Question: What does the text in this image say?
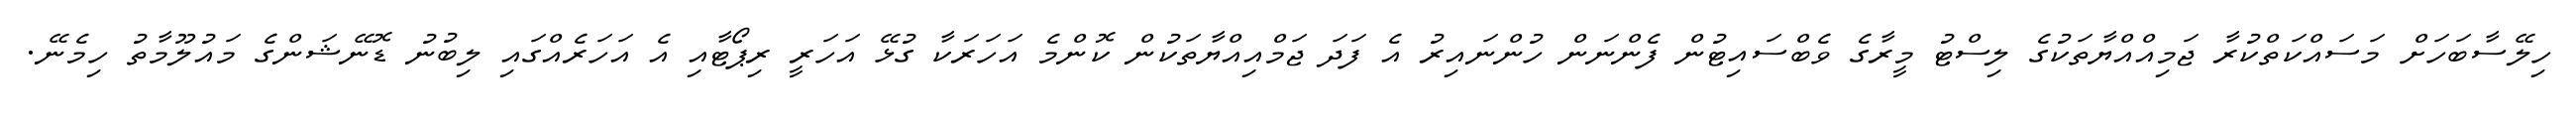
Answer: ހިލޭސާބަހަށް މަސައްކަތްކުރާ ޖަމިއްއްޔާތަކުގެ ލިސްޓު މީރާގެ ވެބްސައިޓުން ފެންނަން ހުންނައިރު އެ ފަދަ ޖަމްއިއްޔާތަކުން ކޮންމެ އަހަރަކާ ގުޅޭ އަހަރީ ރިޕޯޓާއި އެ އަހަރެއްގައި ލިބުނު ޑޮނޭޝަންގެ މައުލޫމާތު ހިމެނޭ.